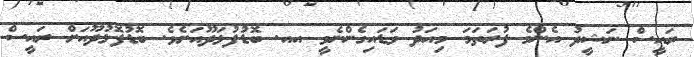
ރައީސް ނަޝީދު އެންމެ ފުރަތަމަ މިއަދު ވަޑައިގެންނެވީ އއ. ބޮޑުފުޅަދޫއަށެވެ. ބޮޑުފޮޅުދޫއަށް ރައީސް